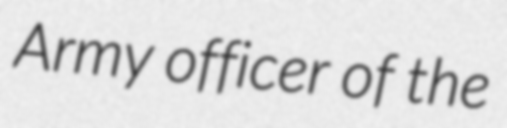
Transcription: Army officer of the